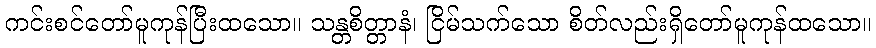
ကင်းစင်တော်မူကုန်ပြီးထသော။ သန္တစိတ္တာနံ၊ ငြိမ်သက်သော စိတ်လည်းရှိတော်မူကုန်ထသော။